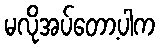
မလိုအပ်တော့ပါက